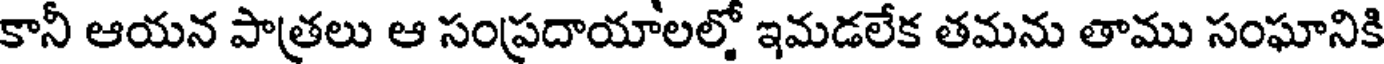
కానీ ఆయన పాత్రలు ఆ సంప్రదాయాలల్తో ఇమడలేక తమను తాము సంఘానికి